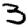
Digit: 3